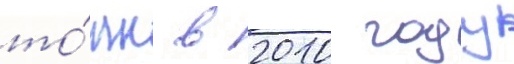
то́нн в 2010 году